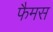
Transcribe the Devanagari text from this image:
फैमस